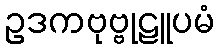
ဥဒကဗုဗ္ဗုဠူပမံ